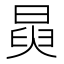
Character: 𭦺